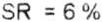
SR = 6 %